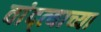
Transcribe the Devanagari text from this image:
वांद्त्‍याच्या